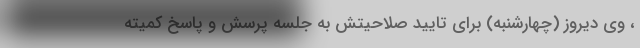
، وی دیروز (چهارشنبه) برای تایید صلاحیتش به جلسه پرسش و پاسخ کمیته